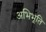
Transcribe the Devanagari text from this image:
अभिभूति